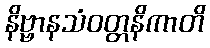
နိဗ္ဗာနသံဝတ္တနိကာတိ